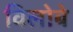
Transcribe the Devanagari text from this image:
विलोबे